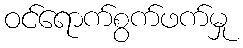
ဝင်ရောက်စွက်ဖက်မှု